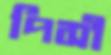
পিসী